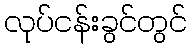
လုပ်ငန်းခွင်တွင်